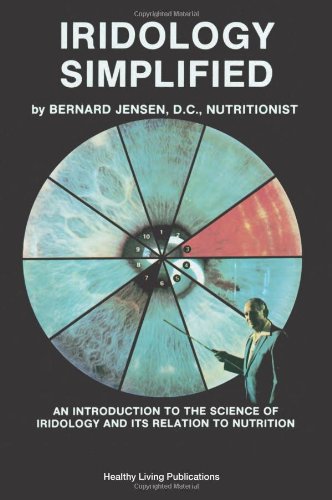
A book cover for Iridology Simplified: An Introduction to the Science of Iridology and Its Relation to Nutrition; Bernard Jensen; Health, Fitness & Dieting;